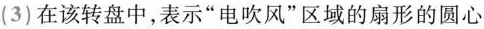
(3)在该转盘中，表示”电吹风”区域的扇形的圆心